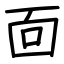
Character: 靣